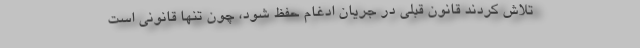
تلاش کردند قانون قبلی در جریان ادغام حفظ شود، ‌چون تنها قانونی است